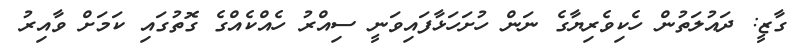
ގާޒީ: ދައުލަތުން ހެކިވެރިޔާގެ ނަން ހުށަހަޅާފައިވަނީ ސިއްރު ހެއްކެއްގެ ގޮތުގައި ކަމަށް ވާއިރު